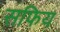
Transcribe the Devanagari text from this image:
सफिय